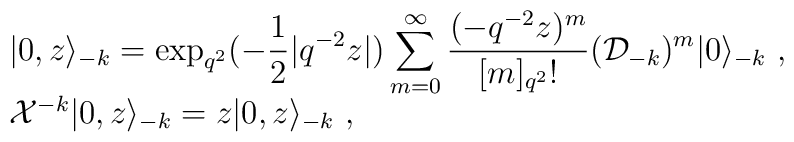
\begin{array}{l}\vert 0,z\rangle_{-k}=\displaystyle\exp_{q^2}(-\frac{1}{2}|q^{-2}z|)\sum_{m=0}^\infty                   \frac{(-q^{-2}z)^m}{[m]_{q^2}!}({\cal D}_{-k})^m\vert                   0\rangle_{-k}~,\\{\cal X}^{-k}\vert 0,z\rangle_{-k}=z\vert 0,z\rangle_{-k}~,\end{array}